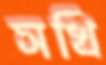
সখি